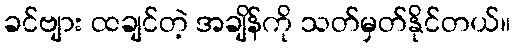
ခင်ဗျား ထချင်တဲ့ အချိန်ကို သတ်မှတ်နိုင်တယ်။